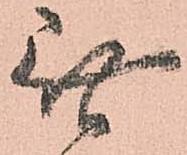
無